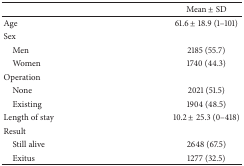
<table><thead><tr><td><b> </b></td><td><b>Mean ± SD</b></td></tr></thead><tbody><tr><td>Age</td><td>61.6 ± 18.9 (1–101)</td></tr><tr><td>Sex</td><td> </td></tr><tr><td> Men</td><td>2185 (55.7)</td></tr><tr><td> Women</td><td>1740 (44.3)</td></tr><tr><td>Operation</td><td> </td></tr><tr><td> None</td><td>2021 (51.5)</td></tr><tr><td> Existing</td><td>1904 (48.5)</td></tr><tr><td>Length of stay</td><td>10.2 ± 25.3 (0–418)</td></tr><tr><td>Result</td><td> </td></tr><tr><td> Still alive</td><td>2648 (67.5)</td></tr><tr><td> Exitus</td><td>1277 (32.5)</td></tr></tbody></table>